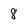
Character: 8